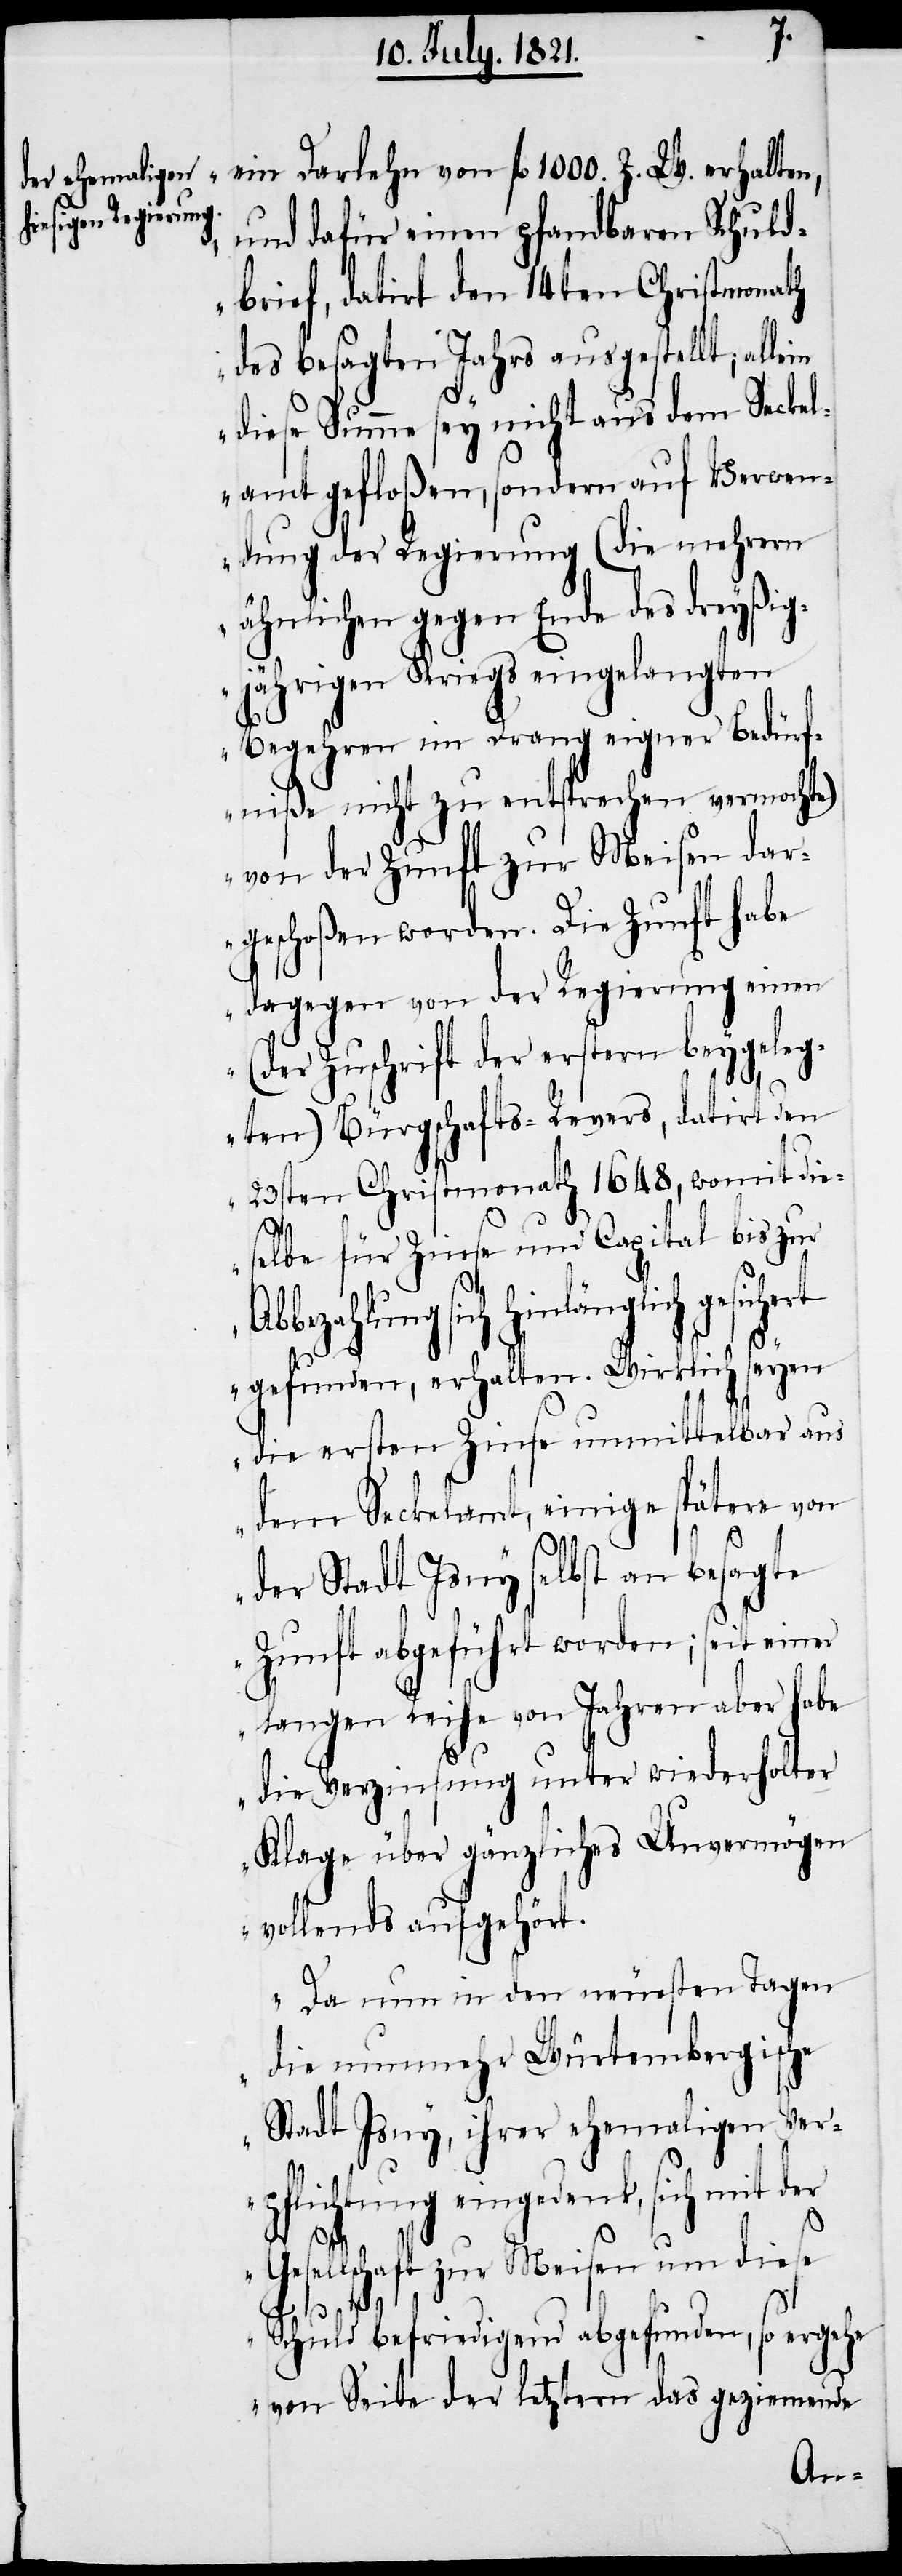
ein Darlehen von fl. 1000. Z. W. erhalten,
und dafür einen pfandbaren Schuld¬
brief, datirt den 14ten Christmonath
des besagten Jahres ausgestellt; al¬
diese Summe sey nicht aus dem Seckel¬
amt gefloßen, sondern auf Verwen¬
dung der Regierung (die mehrern
ähnlichen gegen Ende des dreyßig¬
jährigen Krieges eingelangten
Begehren im Drang eigner Bedürf¬
niße nicht zu entsprechen vermochte)
von der Zunft zur Meisen dar¬
geschoßen worden. Die Zunft habe
dagegen von der Regierung einen
(der Zuschrift der erstern beygeleg¬
ten) Bürgschafts-Revers, datirt den
23sten Christmonath 1648., womit die¬
selbe für Zinse und Capital bis zur
bezahlung sich hinlänglich
gefunden, erhalten. Wirklich seyen
die ersten Zinse unmittelbar aus
dem Seckelamt, einige spätere von
Ab¬
der Stadt Isny selbst an besagte
Zunft abgeführt worden; seit einer
langen Reihe von Jahren aber habe
die Verzinsung unter wiederholter
Klage über gänzliches Unvermögen
vollends aufgehört.
Da nun in den neuesten Tagen
die nunmehr Würtembergische
Stadt Isny, ihrer ehemaligen Ver¬
pflichtung eingedenk, sich mit
Gesellschaft zur Meisen um diese
gesichert
Schuld befriedigend abgefunden, so ergehe
von Seite der letztern das geziemende